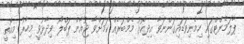
ޕާލަމެންޓްގައި ހިމެނިވަޑައިގަންނަވާ އިދިކޮޅު މެމްބަރެއް ކަމަށްވާ ޖުއާން ޕަބްލޯ ވިދާޅުވީ މިހާރު މިއޮތީ